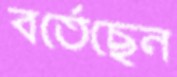
বর্তেছেন